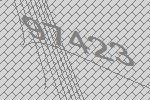
97423